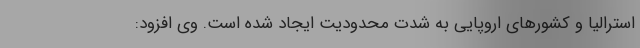
استرالیا و کشورهای اروپایی به شدت محدودیت ایجاد شده است. وی افزود: